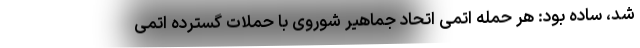
شد، ساده بود: هر حمله اتمی اتحاد جماهیر شوروی با حملات گسترده اتمی